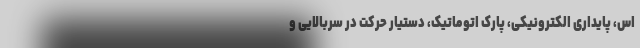
اس، پایداری الکترونیکی، پارک اتوماتیک، دستیار حرکت در سربالایی و